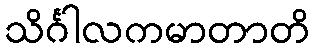
သိင်္ဂါလကမာတာတိ